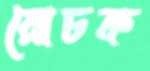
রোচক